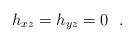
\begin{align*}h_{xz}=h_{yz}=0\ \ .\end{align*}